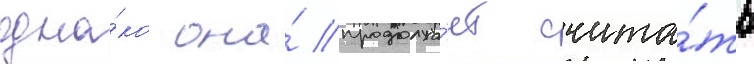
одна́ко она́ продолжа́ет счита́ть